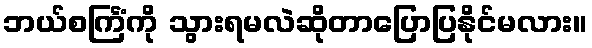
ဘယ်စင်္ကြံကို သွားရမလဲဆိုတာပြောပြနိုင်မလား။